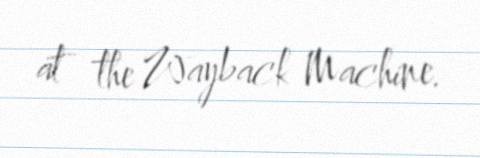
at the Wayback Machine.